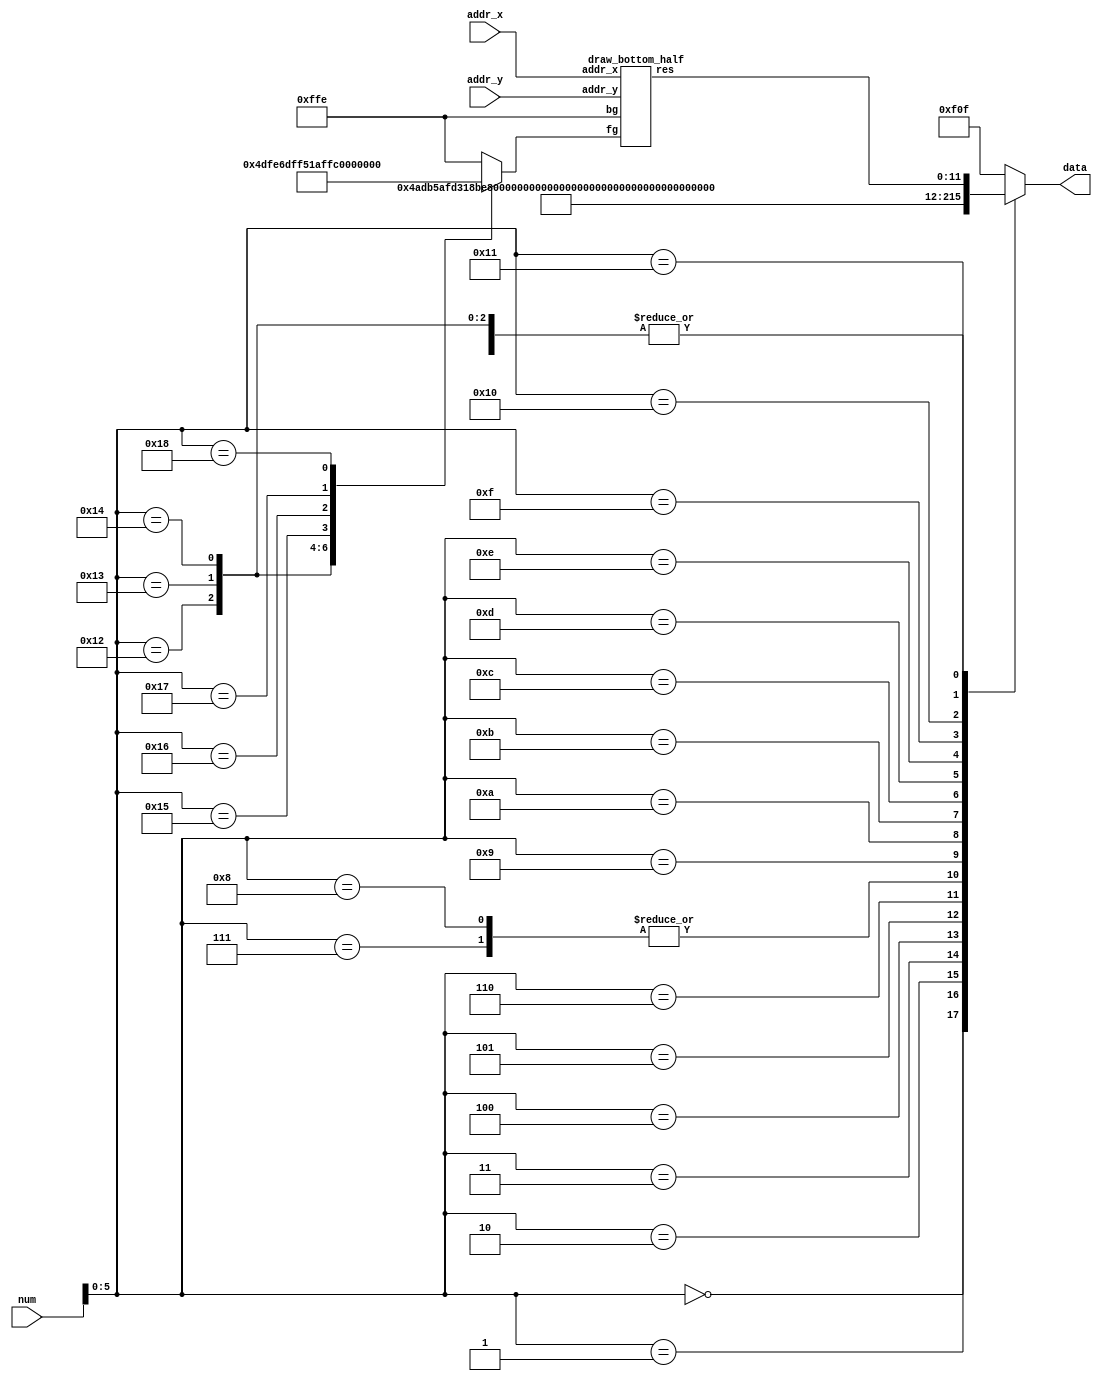
module vram_decode (input [7:0] num,
                    input [2:0] addr_x,
                    input [2:0] addr_y,
                    output reg [11:0] data);
// y is vertical, x is horizonal
wire [11:0] bottom_half_data;
wire [11:0] bg = 12'hffe;
reg [11:0] bottom_half_color;
draw_bottom_half btm(
.addr_x(addr_x),
.addr_y(addr_y),
.bg(bg),
.fg(bottom_half_color),

.res(bottom_half_data)
);
always @(*) begin
  data              = 12'hf0f;
  bottom_half_color = bg;
  case (num[5:0])
    6'b000000: begin
      data = 12'h4ad; // I, cyan
    end
    6'b000001: begin
      data = 12'hb5a; // T, purple
    end
    6'b000010: begin
      data = 12'hfd3; // O, yellow
    end
    6'b000011: begin
      data = 12'h18b; // J, blue
    end
    6'b000100: begin
      data = 12'he93; // L, orange
    end
    6'b000101: begin
      data = 12'h6c5; // S, green
    end
    6'b000110: begin
      data = 12'he64; // Z, red
    end
    6'b000111: begin
      data = 12'h666; // shadow, grey
    end
    6'b001000: begin
      data = 12'h666; // garbage
    end
    6'b001001: begin
      data = bg; // background
    end
    6'b001010: begin
      data = 12'heed; // dark background
    end
    6'b001011: begin
      data = 12'h4df; // I, light cyan
    end
    6'b001100: begin
      data = 12'he6d; // T, light purple
    end
    6'b001101: begin
      data = 12'hff5; // O, light yellow
    end
    6'b001110: begin
      data = 12'h1af; // J, light blue
    end
    6'b001111: begin
      data = 12'hfb6; // L, light orange
    end
    6'b010000: begin
      data = 12'h8e8; // S, light green
    end
    6'b010001: begin
      data = 12'hf98; // Z, light red
    end
    6'b010010: begin
      bottom_half_color = 12'h4df; // I, light cyan
      data              = bottom_half_data;
    end
    6'b010011: begin
      bottom_half_color = 12'he6d; // T, light purple
      data              = bottom_half_data;
    end
    6'b010100: begin
      bottom_half_color = 12'hff5; // O, light yellow
      data              = bottom_half_data;
    end
    6'b010101: begin
      bottom_half_color = 12'h1af; // J, light blue
      data              = bottom_half_data;
    end
    6'b010110: begin
      bottom_half_color = 12'hfb6; // L, light orange
      data              = bottom_half_data;
    end
    6'b010111: begin
      bottom_half_color = 12'h8e8; // S, light green
      data              = bottom_half_data;
    end
    6'b011000: begin
      bottom_half_color = 12'hf98; // Z, light red
      data              = bottom_half_data;
    end
    // 4'b011001: begin
      
    // end
    // 4'b011010: begin
      
    // end
    // 4'b011011: begin
      
    // end
    // 4'b011100: begin
      
    // end
    // 4'b011101: begin
      
    // end
    // 4'b011110: begin
      
    // end
    // 4'b011111: begin
      
    // end
    // 4'b100000: begin
      
    // end
  endcase
end
endmodule

module draw_bottom_half (
  input [2:0] addr_x,
  input [2:0] addr_y,
  input [11:0] bg,
  input [11:0] fg,
  output [11:0] res
  );
  assign res = addr_y > 4 ? fg : bg;
endmodule
module draw_border (
  input [2:0] addr_x,
  input [2:0] addr_y,
  input [11:0] bg,
  input [11:0] fg,
  output reg [11:0] res
  );
  always @(*) begin
    res = bg;
    if (addr_x == 0 || addr_y == 0 || addr_x == 7 || addr_y == 7) begin
      res = fg;
    end
    if (addr_x == 1 || addr_y == 1 || addr_x == 6 || addr_y == 6) begin
      res = fg;
    end
  end
endmodule